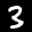
Label: 3